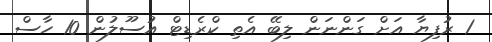
1 ރުފިޔާ އަށް ގަންނަން ލިބޭ އެތި ކްރެޑިޓް އުސޫލުން 10 ހާސް